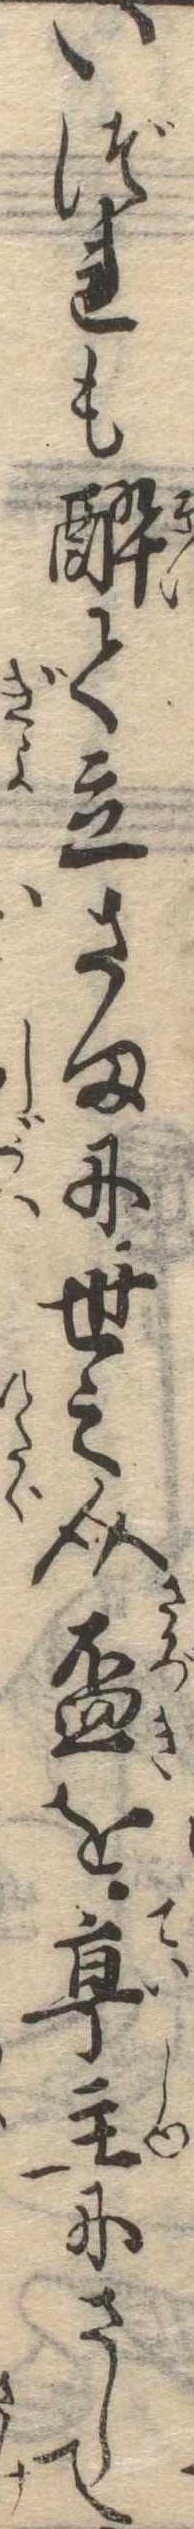
いづれも酔て立さまに世之介杯を亭主にさして